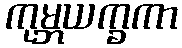
ကုမ္ဘယက္ခကာ